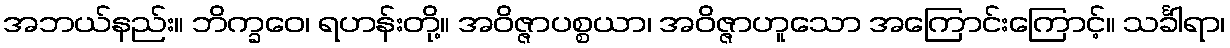
အဘယ်နည်း။ ဘိက္ခဝေ၊ ရဟန်းတို့။ အဝိဇ္ဇာပစ္စယာ၊ အဝိဇ္ဇာဟူသော အကြောင်းကြောင့်။ သင်္ခါရာ၊